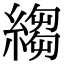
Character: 縐